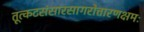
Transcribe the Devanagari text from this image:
तूत्कटसंसारसागरोत्तारणक्षमः